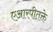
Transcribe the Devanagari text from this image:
एआरपीतक्ते